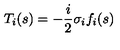
T _ { i } ( s ) = - \frac { i } { 2 } \sigma _ { i } f _ { i } ( s )